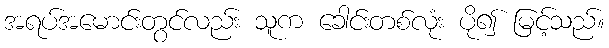
အရပ်အမောင်းတွင်လည်း သူက ခေါင်းတစ်လုံး ပို၍ မြင့်သည်။